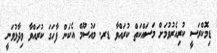
ޑިމޮކްރަސީ ކުރިއެރުވުމަށް މަސައްކަތް ކުރައްވާ ޑރ. މައުސޫމް އެކަން ފާހަގަ ކުރައްވާ ވިދާޅުވަނީ